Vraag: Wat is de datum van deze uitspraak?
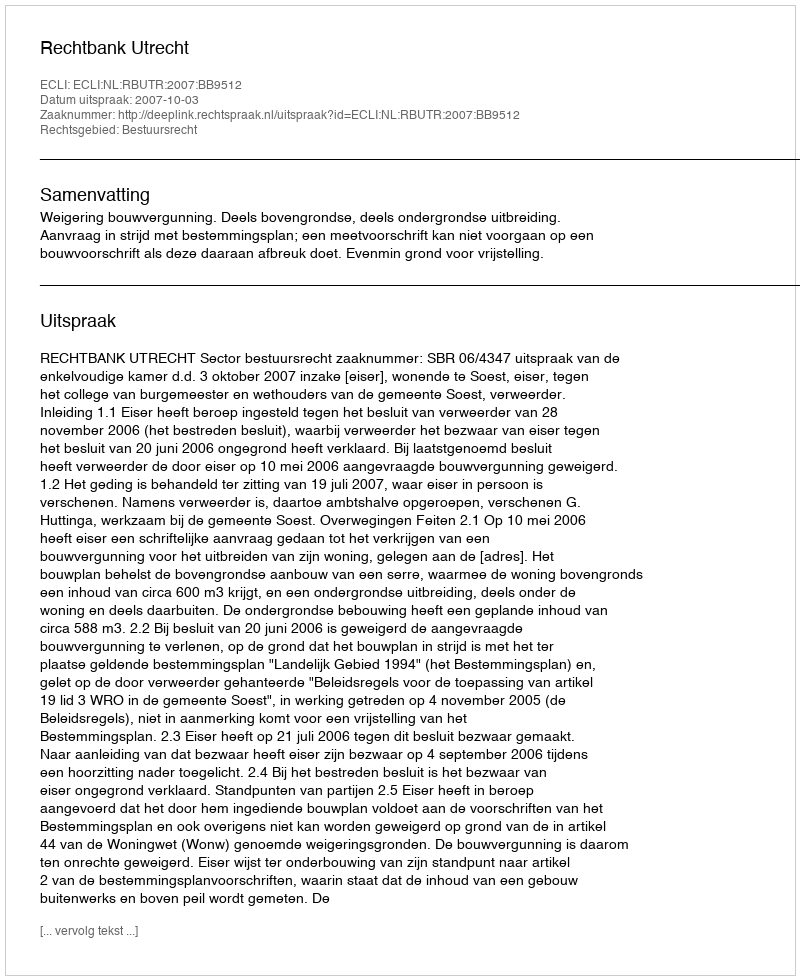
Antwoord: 2007-10-03